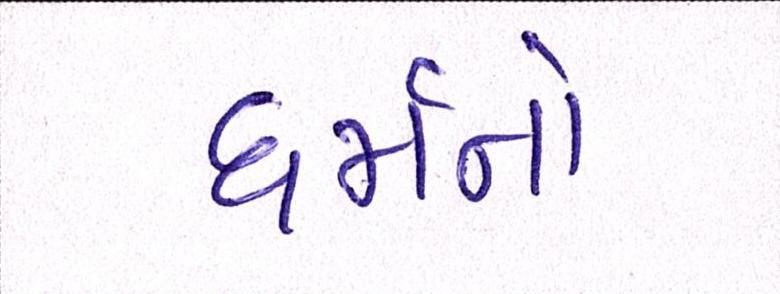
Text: ધર્મનો